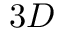
3 D